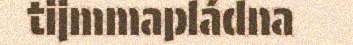
tijmmapládna